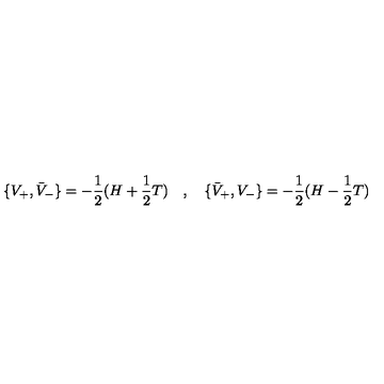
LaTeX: \lbrace V _ { + } , \bar { V } _ { - } \rbrace = - { \frac { 1 } { 2 } } ( H + { \frac { 1 } { 2 } } T ) \quad , \quad \lbrace \bar { V } _ { + } , V _ { - } \rbrace = - { \frac { 1 } { 2 } } ( H - { \frac { 1 } { 2 } } T )